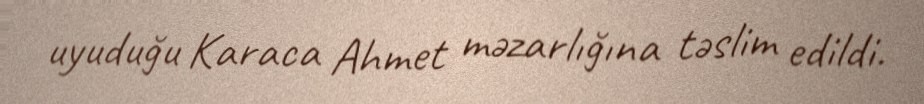
uyuduğu Karaca Ahmet məzarlığına təslim edildi.